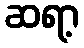
ဆရာ့